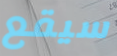
سيقع